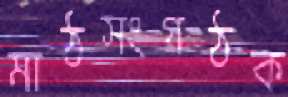
মাঠসংগঠক